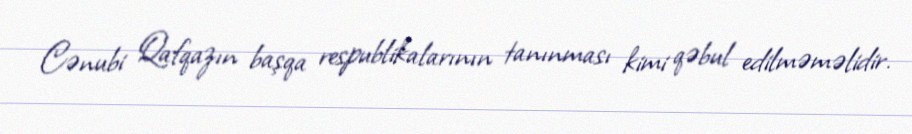
Cənubi Qafqazın başqa respublikalarının tanınması kimi qəbul edilməməlidir.